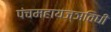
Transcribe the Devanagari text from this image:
पंचमहायज्ञविधी